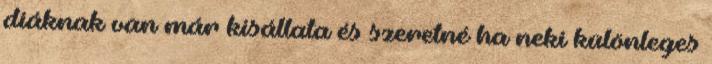
diáknak van már kisállata és szeretné ha neki különleges